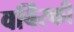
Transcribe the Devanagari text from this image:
वर्बिंस्की